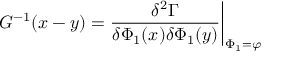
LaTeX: G ^ { - 1 } ( x - y ) = \frac { \delta ^ { 2 } \Gamma } { \delta \Phi _ { 1 } ( x ) \delta \Phi _ { 1 } ( y ) } \bigg \vert _ { \Phi _ { 1 } = \varphi }